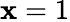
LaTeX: \mathbf{x}=1